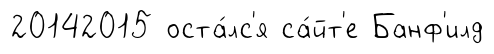
20142015 оста́лс'я са́йт'е Банф'илд